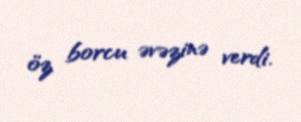
öz borcu əvəzinə verdi.